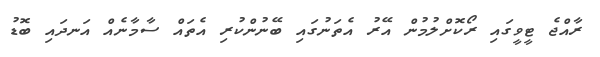
ރާއްޖެ ޓީވީގައި ރޯކޮށްލުމުން އޭރު އެތަނުގައި ބޭނުންކުރި އެތައް ސާމާނެއް އަނދައި ބޮޑު